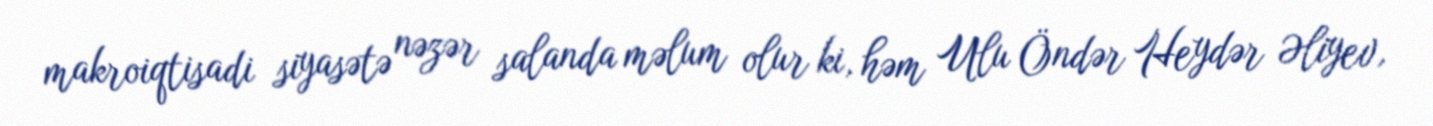
makroiqtisadi siyasətə nəzər salanda məlum olur ki, həm Ulu Öndər Heydər Əliyev,